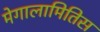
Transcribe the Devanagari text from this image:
मेगालामितिस